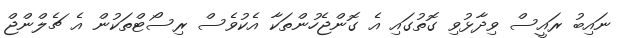
ނައިބު ރައީސް ވިދާޅުވި ގޮތުގައި އެ ގޮންޖެހުންތަކާ އެކުވެސް ރިސޯޓްތަކުން އެ ޗެލްންޖް